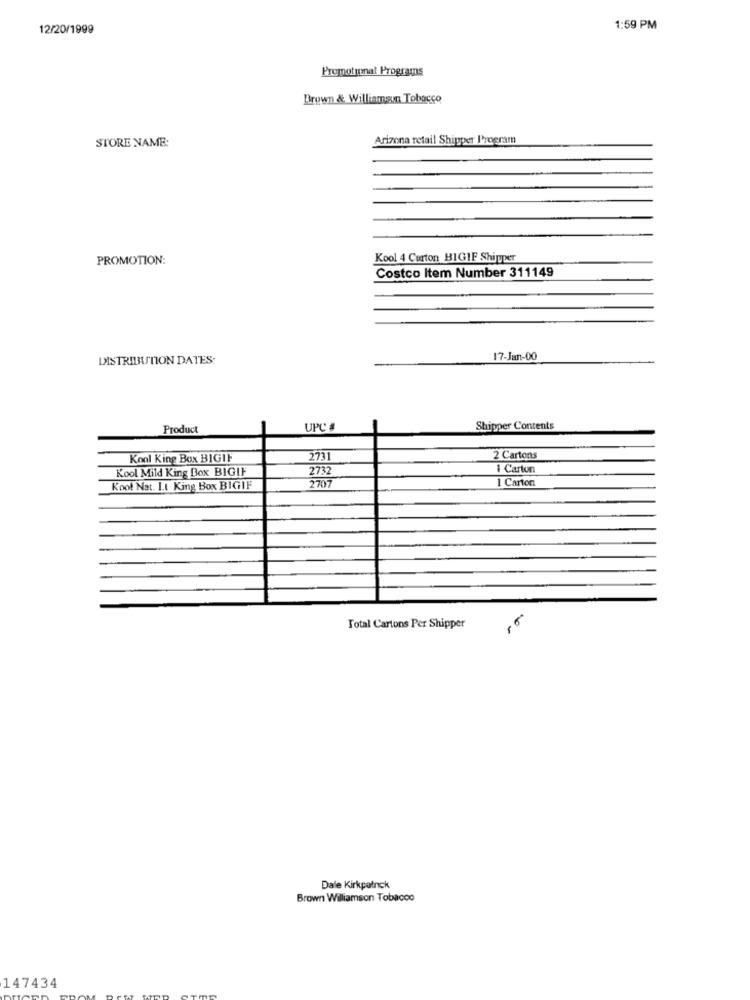
12/20/1999
1:59 PM
Promotional Programs
Brown & Williaman Tobacco
Arizona retail Shipper I'moeram
STORE NAME:
PROMOTION:
Kool 4 Corton BIGIF Shipper
Costco Item Number 311149
DISTRIBUTION DATES:
17-Jan-00
Product
UPC #
Shipper Contents
Kool King Box BIGIF
2731
2 Cartons
Kool Mild King Box BIGIF
2732
1 Carton
2707
1 Carton
Kool Nat. L.t King Box BIGIF
Total Cartons Per Shipper
Dale Kirkpatnck
Brown Williamson Tobacco
147434